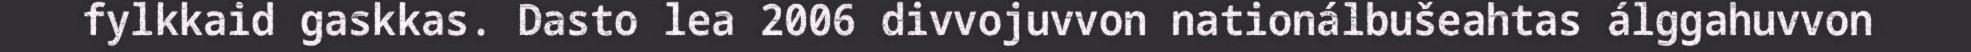
fylkkaid gaskkas. Dasto lea 2006 divvojuvvon nationálbušeahtas álggahuvvon